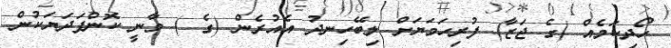
ހޯދިކަމެއް (ގެ ޖަޒާ) ފުރިހަމަޔަށް ލިބޭހިނދު އެއުރެން (ގެ ) ވާނީ ކޮންފަދަޔަކުން